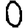
Digit: 0